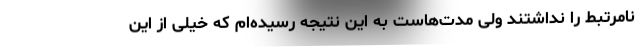
نامرتبط را نداشتند ولی مدت‌هاست به این نتیجه رسیده‌ام که خیلی از این